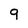
Character: q